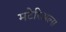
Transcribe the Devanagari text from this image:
मटेरिअल्स